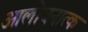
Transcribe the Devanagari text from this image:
आलोचनात्क